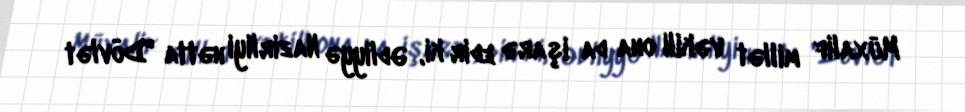
Müxalif millət vəkili ona da işarə edir ki, Ədliyyə Nazirliyi hətta "Dövlət